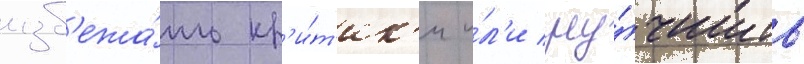
изб'ежа́ть кр'и́т'ик'и и́л'и улу́чшить